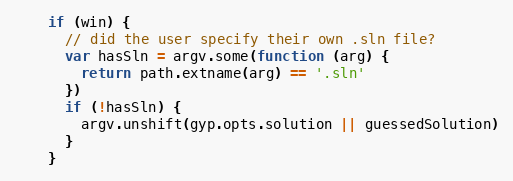
Language: JavaScript
    if (win) {
      // did the user specify their own .sln file?
      var hasSln = argv.some(function (arg) {
        return path.extname(arg) == '.sln'
      })
      if (!hasSln) {
        argv.unshift(gyp.opts.solution || guessedSolution)
      }
    }